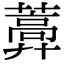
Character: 𦿣